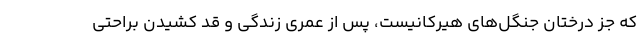
که جز درختان جنگل‌های هیرکانیست، پس از عمری زندگی و قد کشیدن براحتی